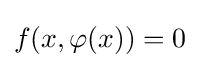
f(x,\varphi (x))=0